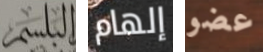
البلسم إلهام عضو